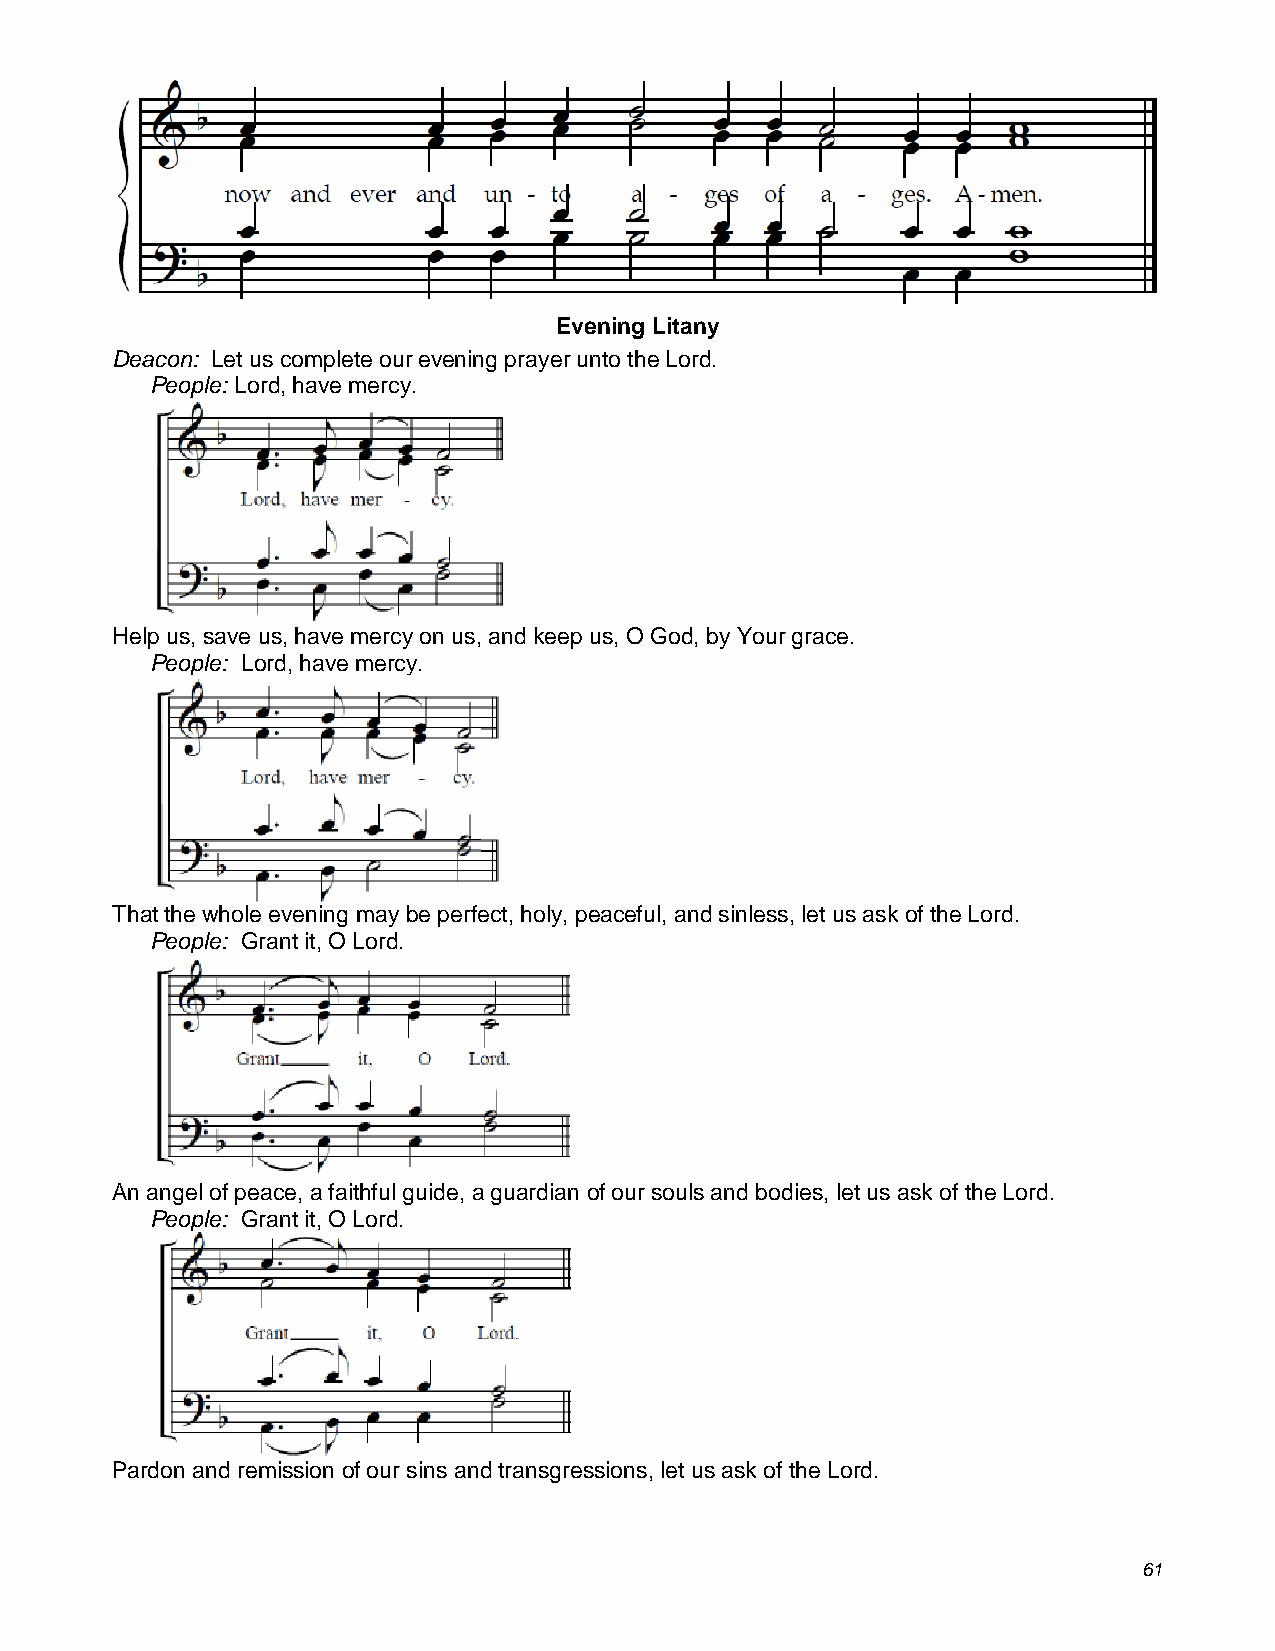
Evening Litany
 Deacon: Let us complete our evening prayer unto the Lord.
 People: Lord, have mercy.
 Help us, save us, have mercy on us, and keep us, O God, by Your grace.
 People: Lord, have mercy.
 That the whole evening may be perfect, holy, peaceful, and sinless, let us ask of the Lord.
 People: Grant it, O Lord.
 An angel of peace, a faithful guide, a guardian of our souls and bodies, let us ask of the Lord.
 People: Grant it, O Lord.
 Pardon and remission of our sins and transgressions, let us ask of the Lord.
 61